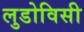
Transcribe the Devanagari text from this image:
लुडोविसी